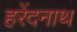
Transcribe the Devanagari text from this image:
हरेंदनाथ